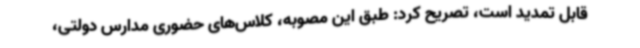
قابل تمدید است، تصریح کرد: طبق این مصوبه، کلاس‌های حضوری مدارس دولتی،